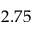
2 . 7 5